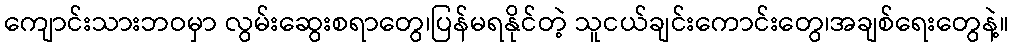
ကျောင်းသားဘဝမှာ လွမ်းဆွေးစရာတွေ၊ပြန်မရနိုင်တဲ့ သူငယ်ချင်းကောင်းတွေ၊အချစ်ရေးတွေနဲ့။